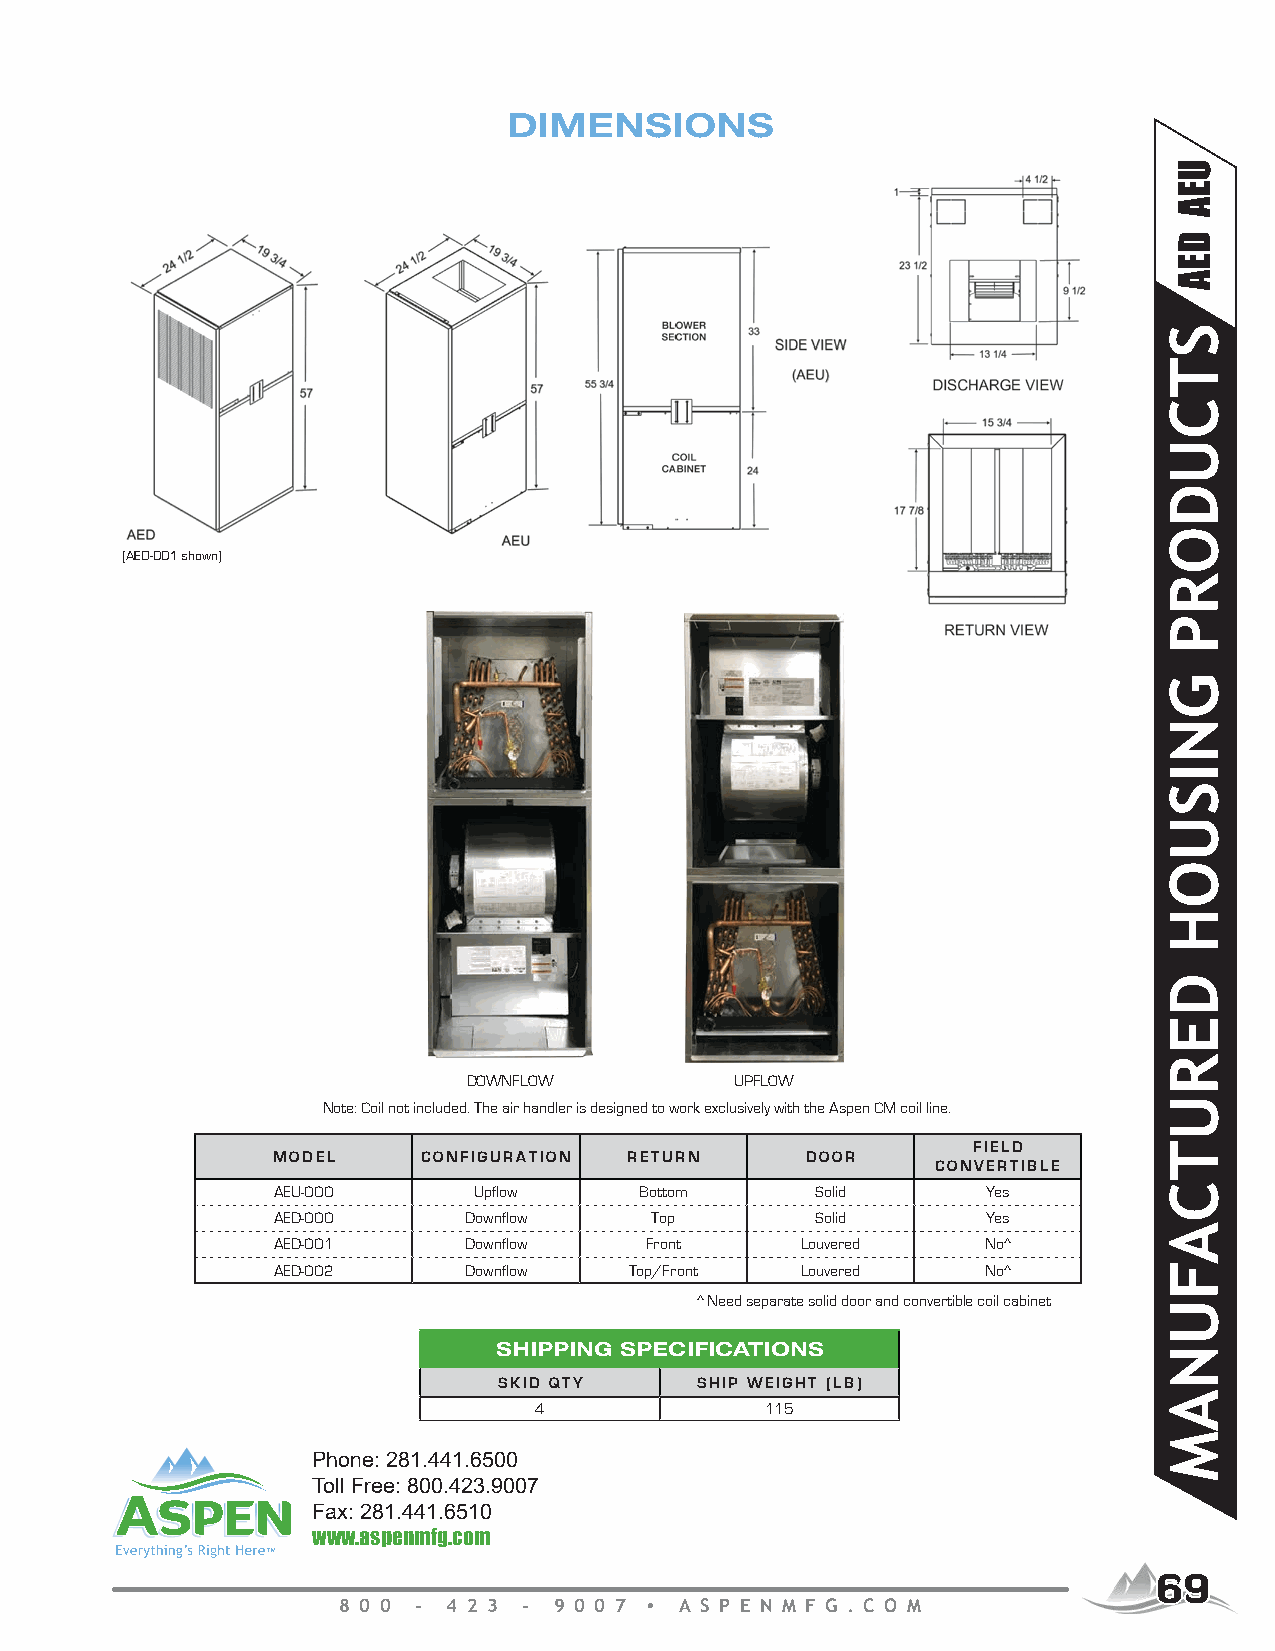
DIMENSIONS
 (AED-001 shown)
 DOWNFLOW          UPFLOW
 Note: Coil not included. The air handler is designed to work exclusively with the Aspen CM coil line.
 FIELD
 MODEL     CONFIGURATION RETURN     DOOR
 CONVERTIBLE
 AEU-000      Upflow     Bottom      Solid      Yes
 AED-000      Downflow    Top        Solid      Yes
 AED-001      Downflow    Front     Louvered    No^
 AED-002      Downflow   Top/Front  Louvered    No^
 ^ Need separate solid door and convertible coil cabinet
 SHIPPING SPECIFICATIONS
 SKID QTY     SHIP WEIGHT (LB)
 4               115
 Phone: 281.441.6500
 Toll Free: 800.423.9007
 Fax: 281.441.6510
 www.aspenmfg.com
 6699
 8 0 0 - 4 2 3 - 9 0 0 7 A S P E N M F G . C O M
 STCUDORP
 GNISUOH
 DERUTCAFUNAM
 UEA
 DEA